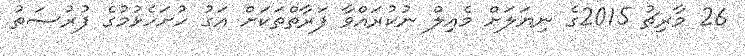
26 މާރިޗު 2015ގެ ނިޔަލަށް މެއިލް ނުކުރައްވާ ފަރާތްތަކަށް އަގު ހުށަހެޅުމުގެ ފުރުޞަތު